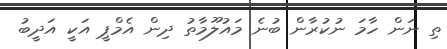
ތި ނަން ހާމަ ނުކުރާން ބުނެ މައުލޫމާތު ދިން އެމްޕީ އަކީ އަދީބު